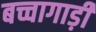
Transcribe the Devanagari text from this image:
बच्चागाड़ी